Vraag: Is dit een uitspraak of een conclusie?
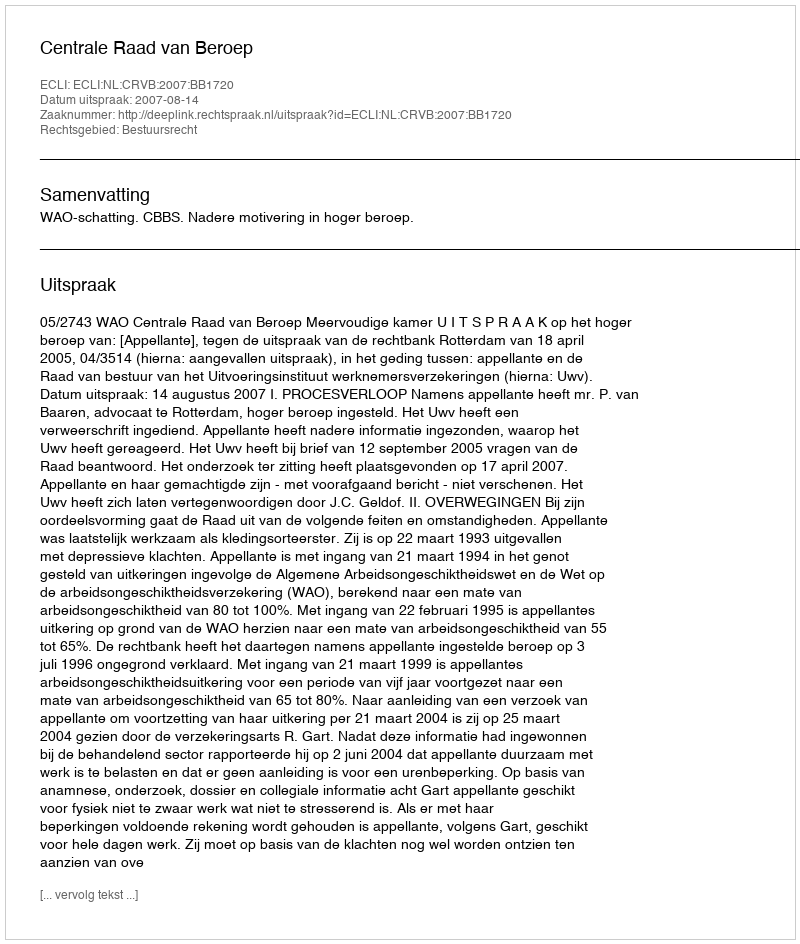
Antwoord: Uitspraak